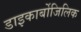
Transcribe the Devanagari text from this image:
डाइकार्बोजिलिक